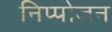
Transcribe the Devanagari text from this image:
निप्‍पोजन